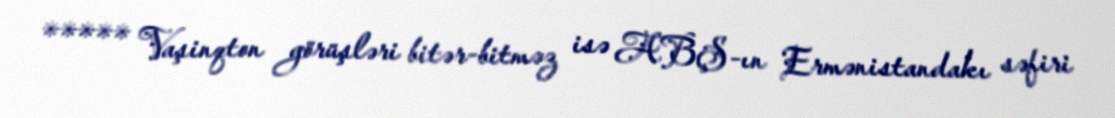
***** Vaşinqton görüşləri bitər-bitməz isə ABŞ-ın Ermənistandakı səfiri